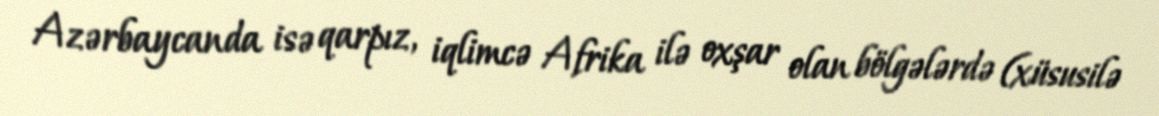
Azərbaycanda isə qarpız, iqlimcə Afrika ilə oxşar olan bölgələrdə (xüsusilə